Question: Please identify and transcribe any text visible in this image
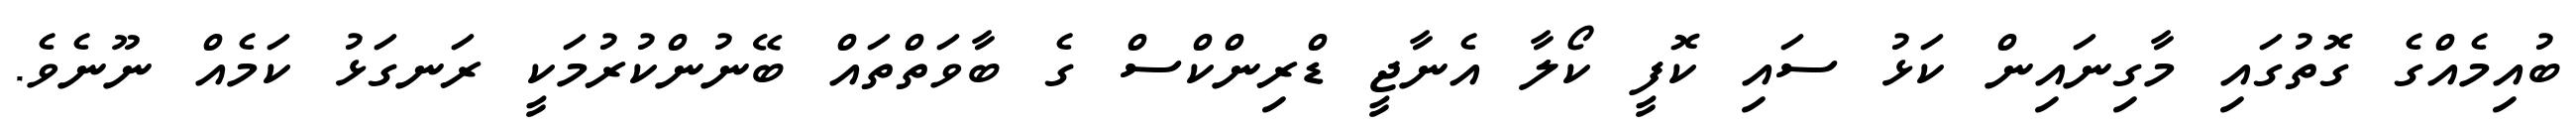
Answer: ބުއިމެއްގެ ގޮތުގައި މާގިނައިން ކަޅު ސައި ކޮފީ ކޯލާ އެނާޖީ ޑްރިންކްސް ގެ ބާވަތްތައް ބޭނުންކުރުމަކީ ރަނގަޅު ކަމެއް ނޫނެވެ.